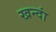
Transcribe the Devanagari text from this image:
खन्दां